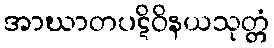
အာဃာတပဋိဝိနယသုတ္တံ